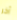
آخر